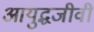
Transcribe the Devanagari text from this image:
आयुद्धजीवी